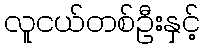
လူငယ်တစ်ဦးနှင့်